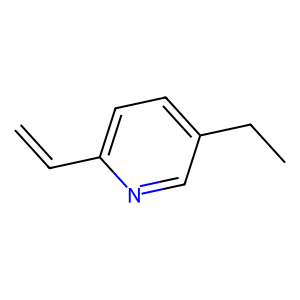
SMILES: C=Cc1ccc(CC)cn1
Inhibits HIV replication: No